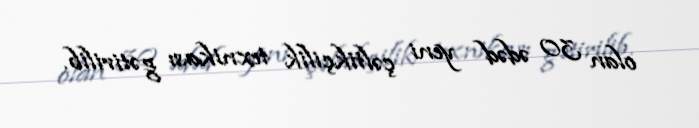
olan 30 ədəd yeni çəltikçilik texnikası gətirilib.